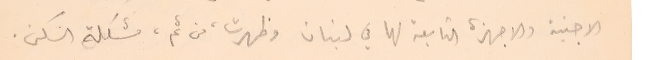
الاجنبىة والاجهزة التابعة لها في لبنان وظهرت، من ثم، مشكلة السكن.